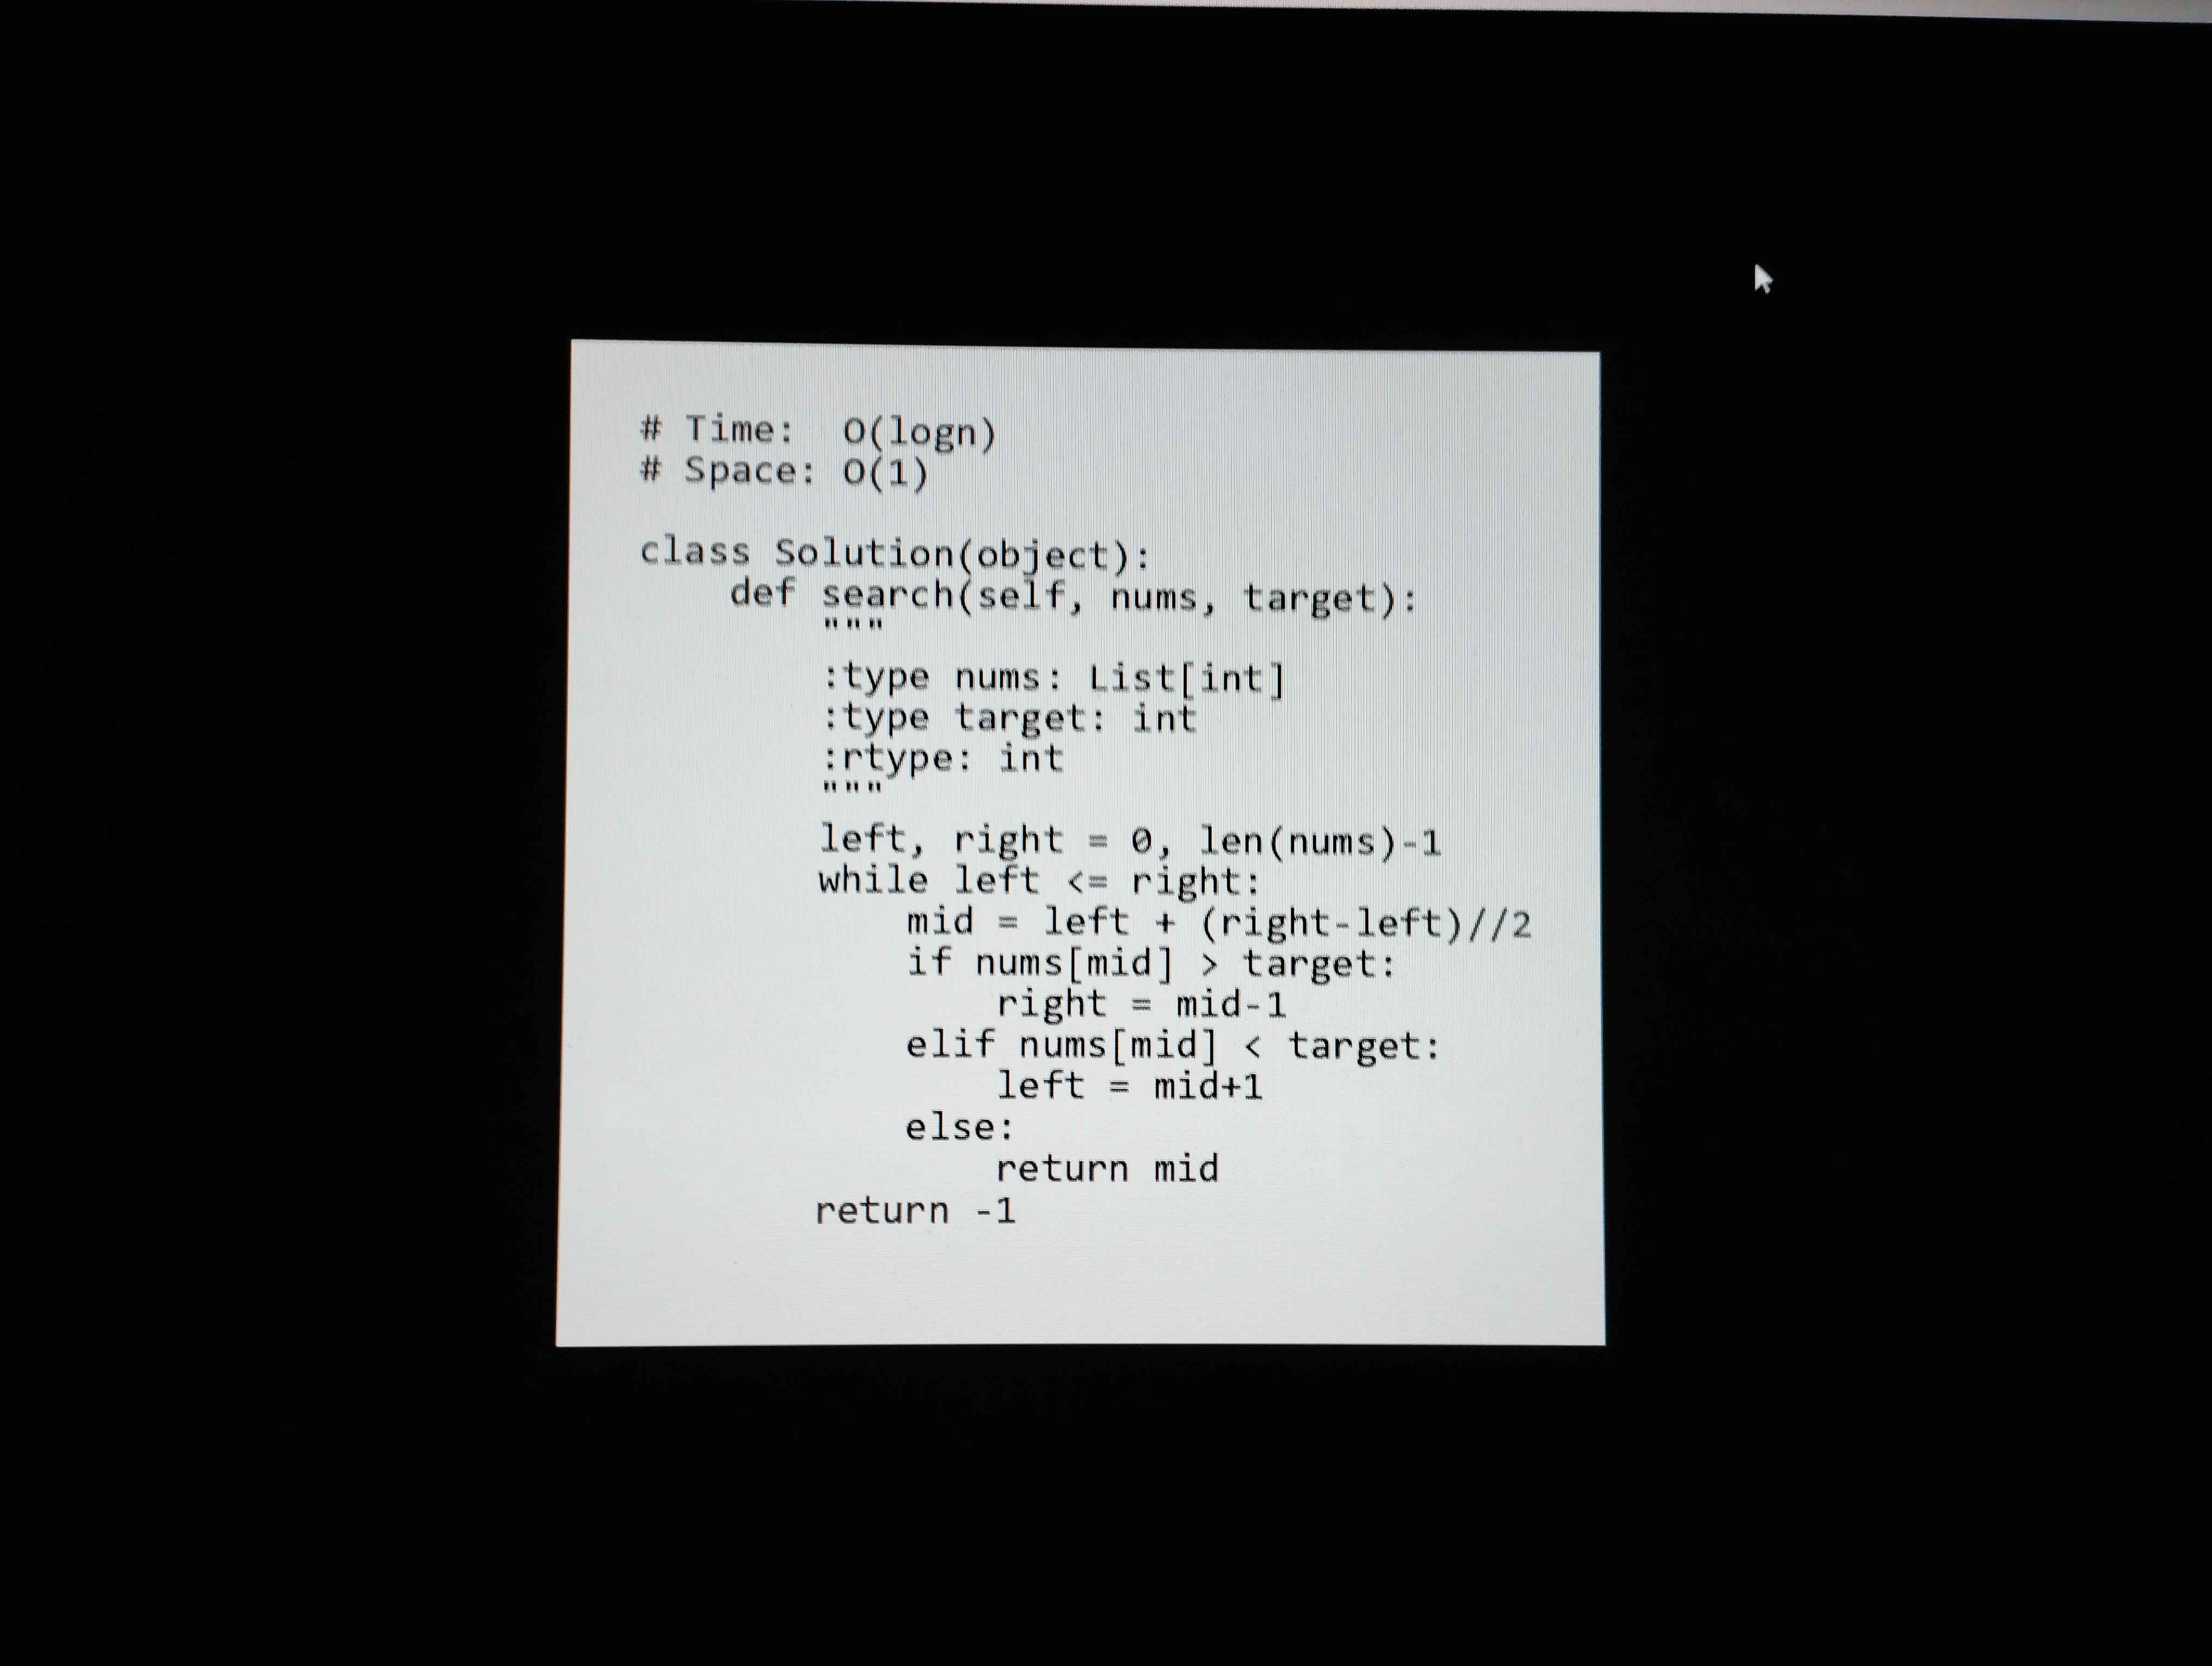
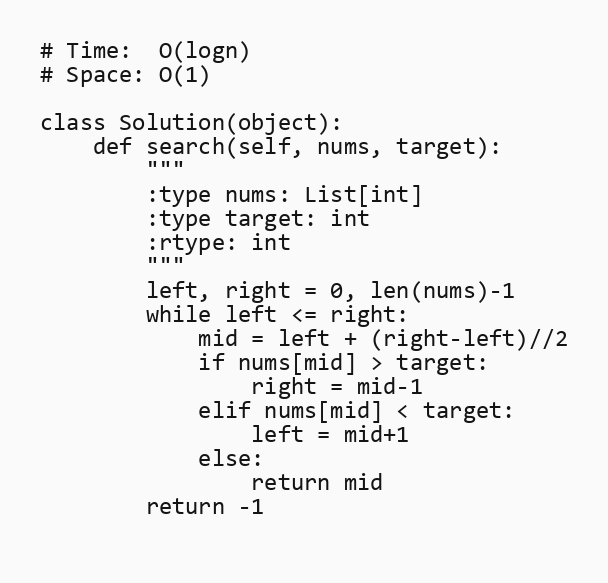
# Time:  O(logn)
# Space: O(1)

class Solution(object):
    def search(self, nums, target):
        """
        :type nums: List[int]
        :type target: int
        :rtype: int
        """
        left, right = 0, len(nums)-1
        while left <= right:
            mid = left + (right-left)//2
            if nums[mid] > target:
                right = mid-1
            elif nums[mid] < target:
                left = mid+1
            else:
                return mid
        return -1